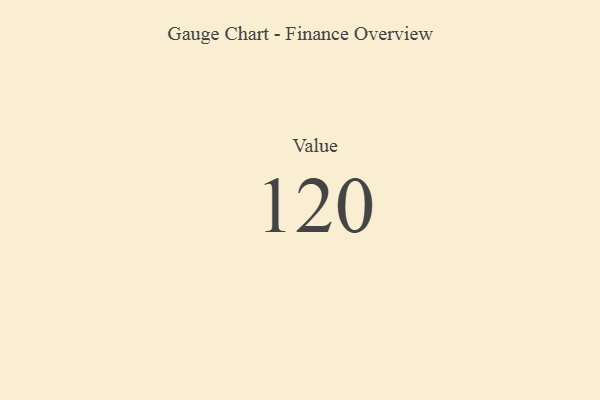
{"axis": {"x": "Metric", "y": "Value"}, "legend": [""], "data": [{"x": "Value", "y": 120, "type": ""}]}